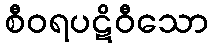
စီဝရပဋိဝီသော